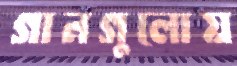
গানগুলোয়